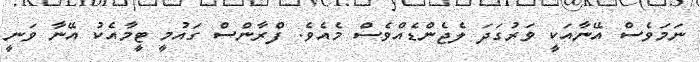
ނަމަވެސް އޭނާއަކީ ވަރުގަދަ ލެޖެންޑެއްވެސް މެއެވެ. ފްރާންސް ގައުމީ ޓީމާއެކު އޭނާ ވަނީ